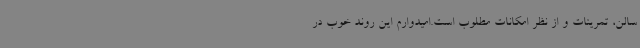
سالن، تمرینات و از نظر امکانات مطلوب است.امیدوارم این روند خوب در